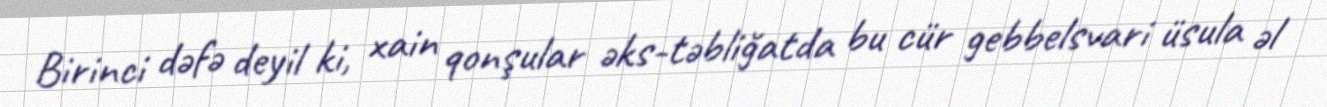
Birinci dəfə deyil ki, xain qonşular əks-təbliğatda bu cür gebbelsvari üsula əl